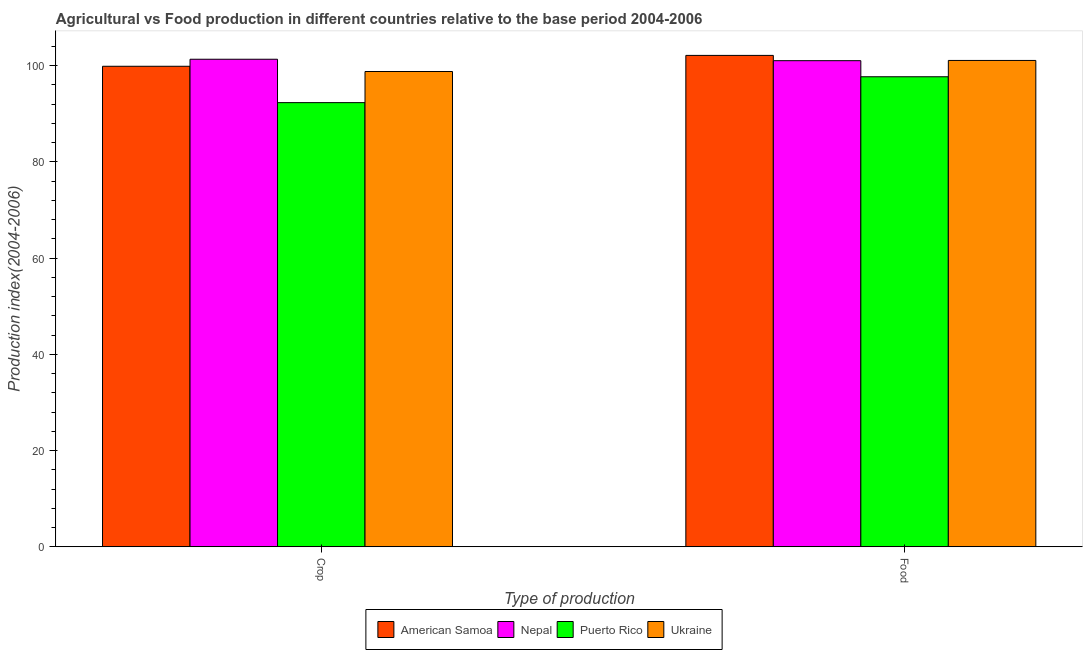
| Type of production | American Samoa | Nepal | Puerto Rico | Ukraine |
 | --- | --- | --- | --- | --- |
 | Crop | 99.9 | 101 | 92.3 | 98.8 |
 | Food | 102 | 101 | 97.7 | 101 |